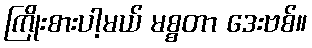
ကြိုးစားပါ့မယ် မစ္စတာ ဒေးဗစ်။